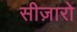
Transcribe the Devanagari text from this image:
सीज़ारो